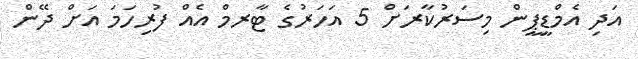
އަދި އެމްޑީޕީން މިސަރުކާރަށް 5 އަހަރުގެ ޓާރމް އެއް ފުރިހަމަ އަށް ދޭން